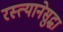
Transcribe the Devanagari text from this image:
रस्त्यानेसुद्धा